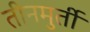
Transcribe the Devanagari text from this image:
तीनमुर्ती